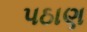
પઠાણ